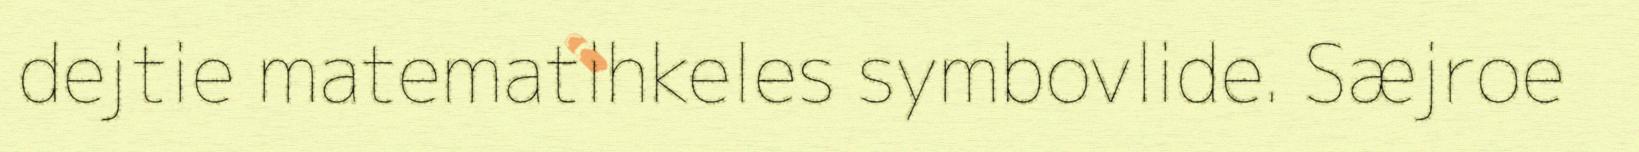
dejtie matematihkeles symbovlide. Sæjroe